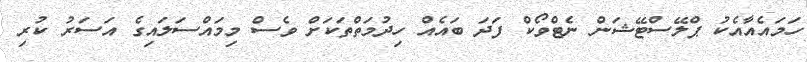
ހަމައެއާއެކު ޕްލޭސްޓޭޝަން ނެޓްވޯކް ފަދަ ބައެއް ހިދުމަތްތަކަށް ވެސް މިމައްސަލައިގެ އަސަރު ކުރި